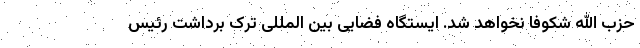
حزب الله شکوفا نخواهد شد. ایستگاه فضایی بین المللی ترک برداشت رئیس